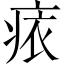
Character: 𧙜